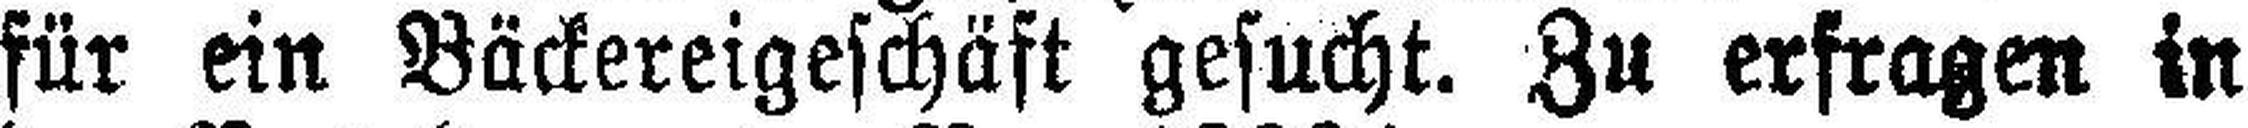
für ein Bäckereigeschäft gesucht. Zu erfragen in